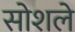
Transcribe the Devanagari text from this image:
सोशले